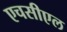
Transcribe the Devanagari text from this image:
एचसीएल